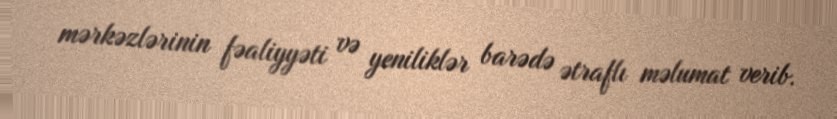
mərkəzlərinin fəaliyyəti və yeniliklər barədə ətraflı məlumat verib.